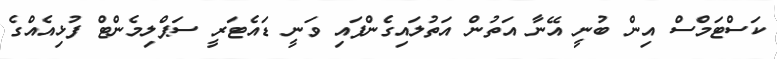
ކަސްޓަމްސް އިން ބުނީ އޭނާ އަތުން އަތުލައިގެންފައި ވަނީ ޑައެޓަރީ ސަޕްލިމެންޓް ފުޅިއެއްގެ